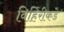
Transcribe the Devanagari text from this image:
विहिरीकडे